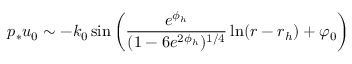
p _ { * } u _ { 0 } \sim - k _ { 0 } \, \mathrm { s i n } \left( \frac { e ^ { \phi _ { h } } } { ( 1 - 6 e ^ { 2 \phi _ { h } } ) ^ { 1 / 4 } } \ln ( r - r _ { h } ) + \varphi _ { 0 } \right)